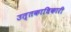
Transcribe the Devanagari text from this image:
उत्तकाधिकारी